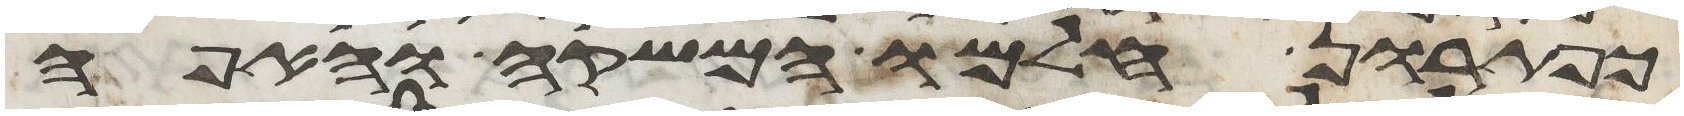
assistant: כפתרון חלמו המשקה והאפה